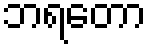
ဘရတော